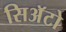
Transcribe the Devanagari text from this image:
सिअॅटो